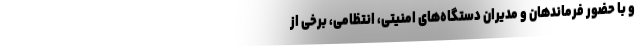
و با حضور فرماندهان و مدیران دستگاه‌های امنیتی، انتظامی، برخی از